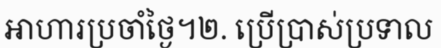
អាហារប្រចាំថ្ងៃ។២. ប្រើប្រាស់ប្រទាល